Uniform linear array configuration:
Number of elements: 32
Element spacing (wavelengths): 0.75
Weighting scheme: kaiser
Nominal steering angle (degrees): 60
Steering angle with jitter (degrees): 60.618
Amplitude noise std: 0.05
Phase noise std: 0.05

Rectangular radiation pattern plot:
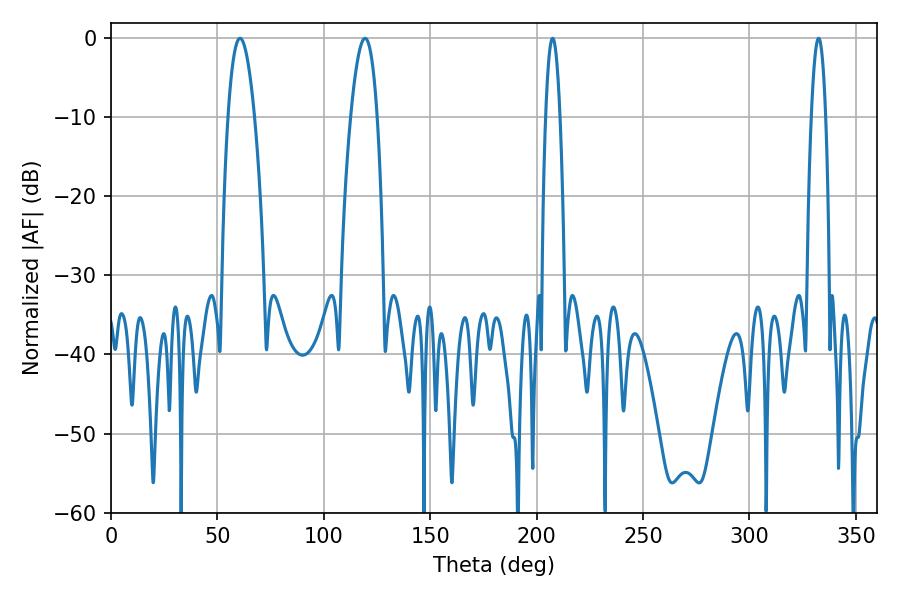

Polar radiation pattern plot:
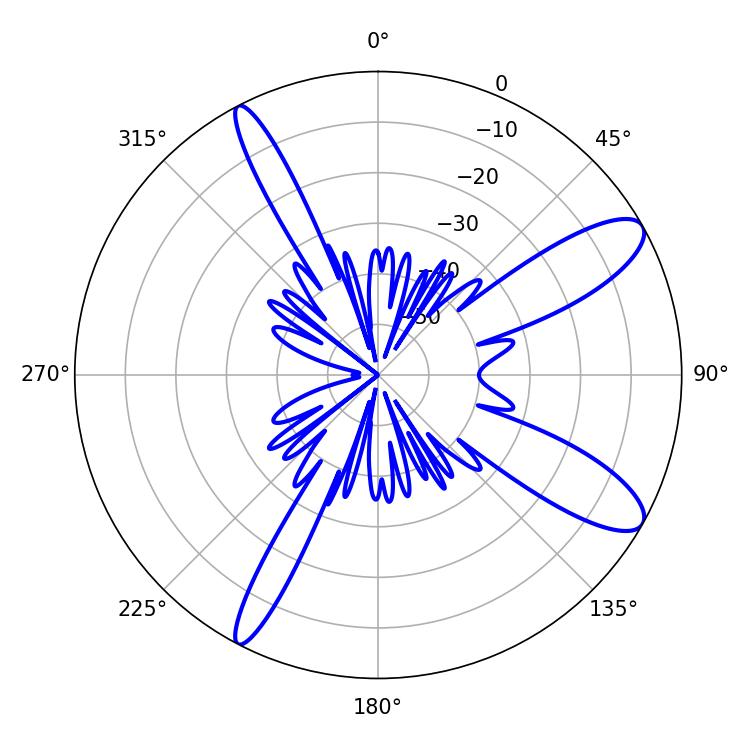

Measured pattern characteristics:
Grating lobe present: TRUE
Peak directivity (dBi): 10.97
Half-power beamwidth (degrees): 6.84
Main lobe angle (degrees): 60.66